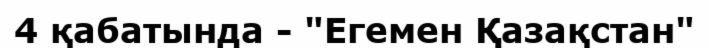
4 қабатында - "Егемен Қазақстан"